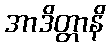
အာဒိတ္တာနိ